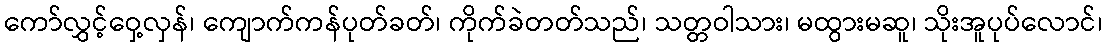
ကော်လွှင့်ဝှေ့လှန်၊ ကျောက်ကန်ပုတ်ခတ်၊ ကိုက်ခဲတတ်သည်၊ သတ္တဝါသား၊ မထွားမဆူ၊ သိုးအူပုပ်လောင်၊